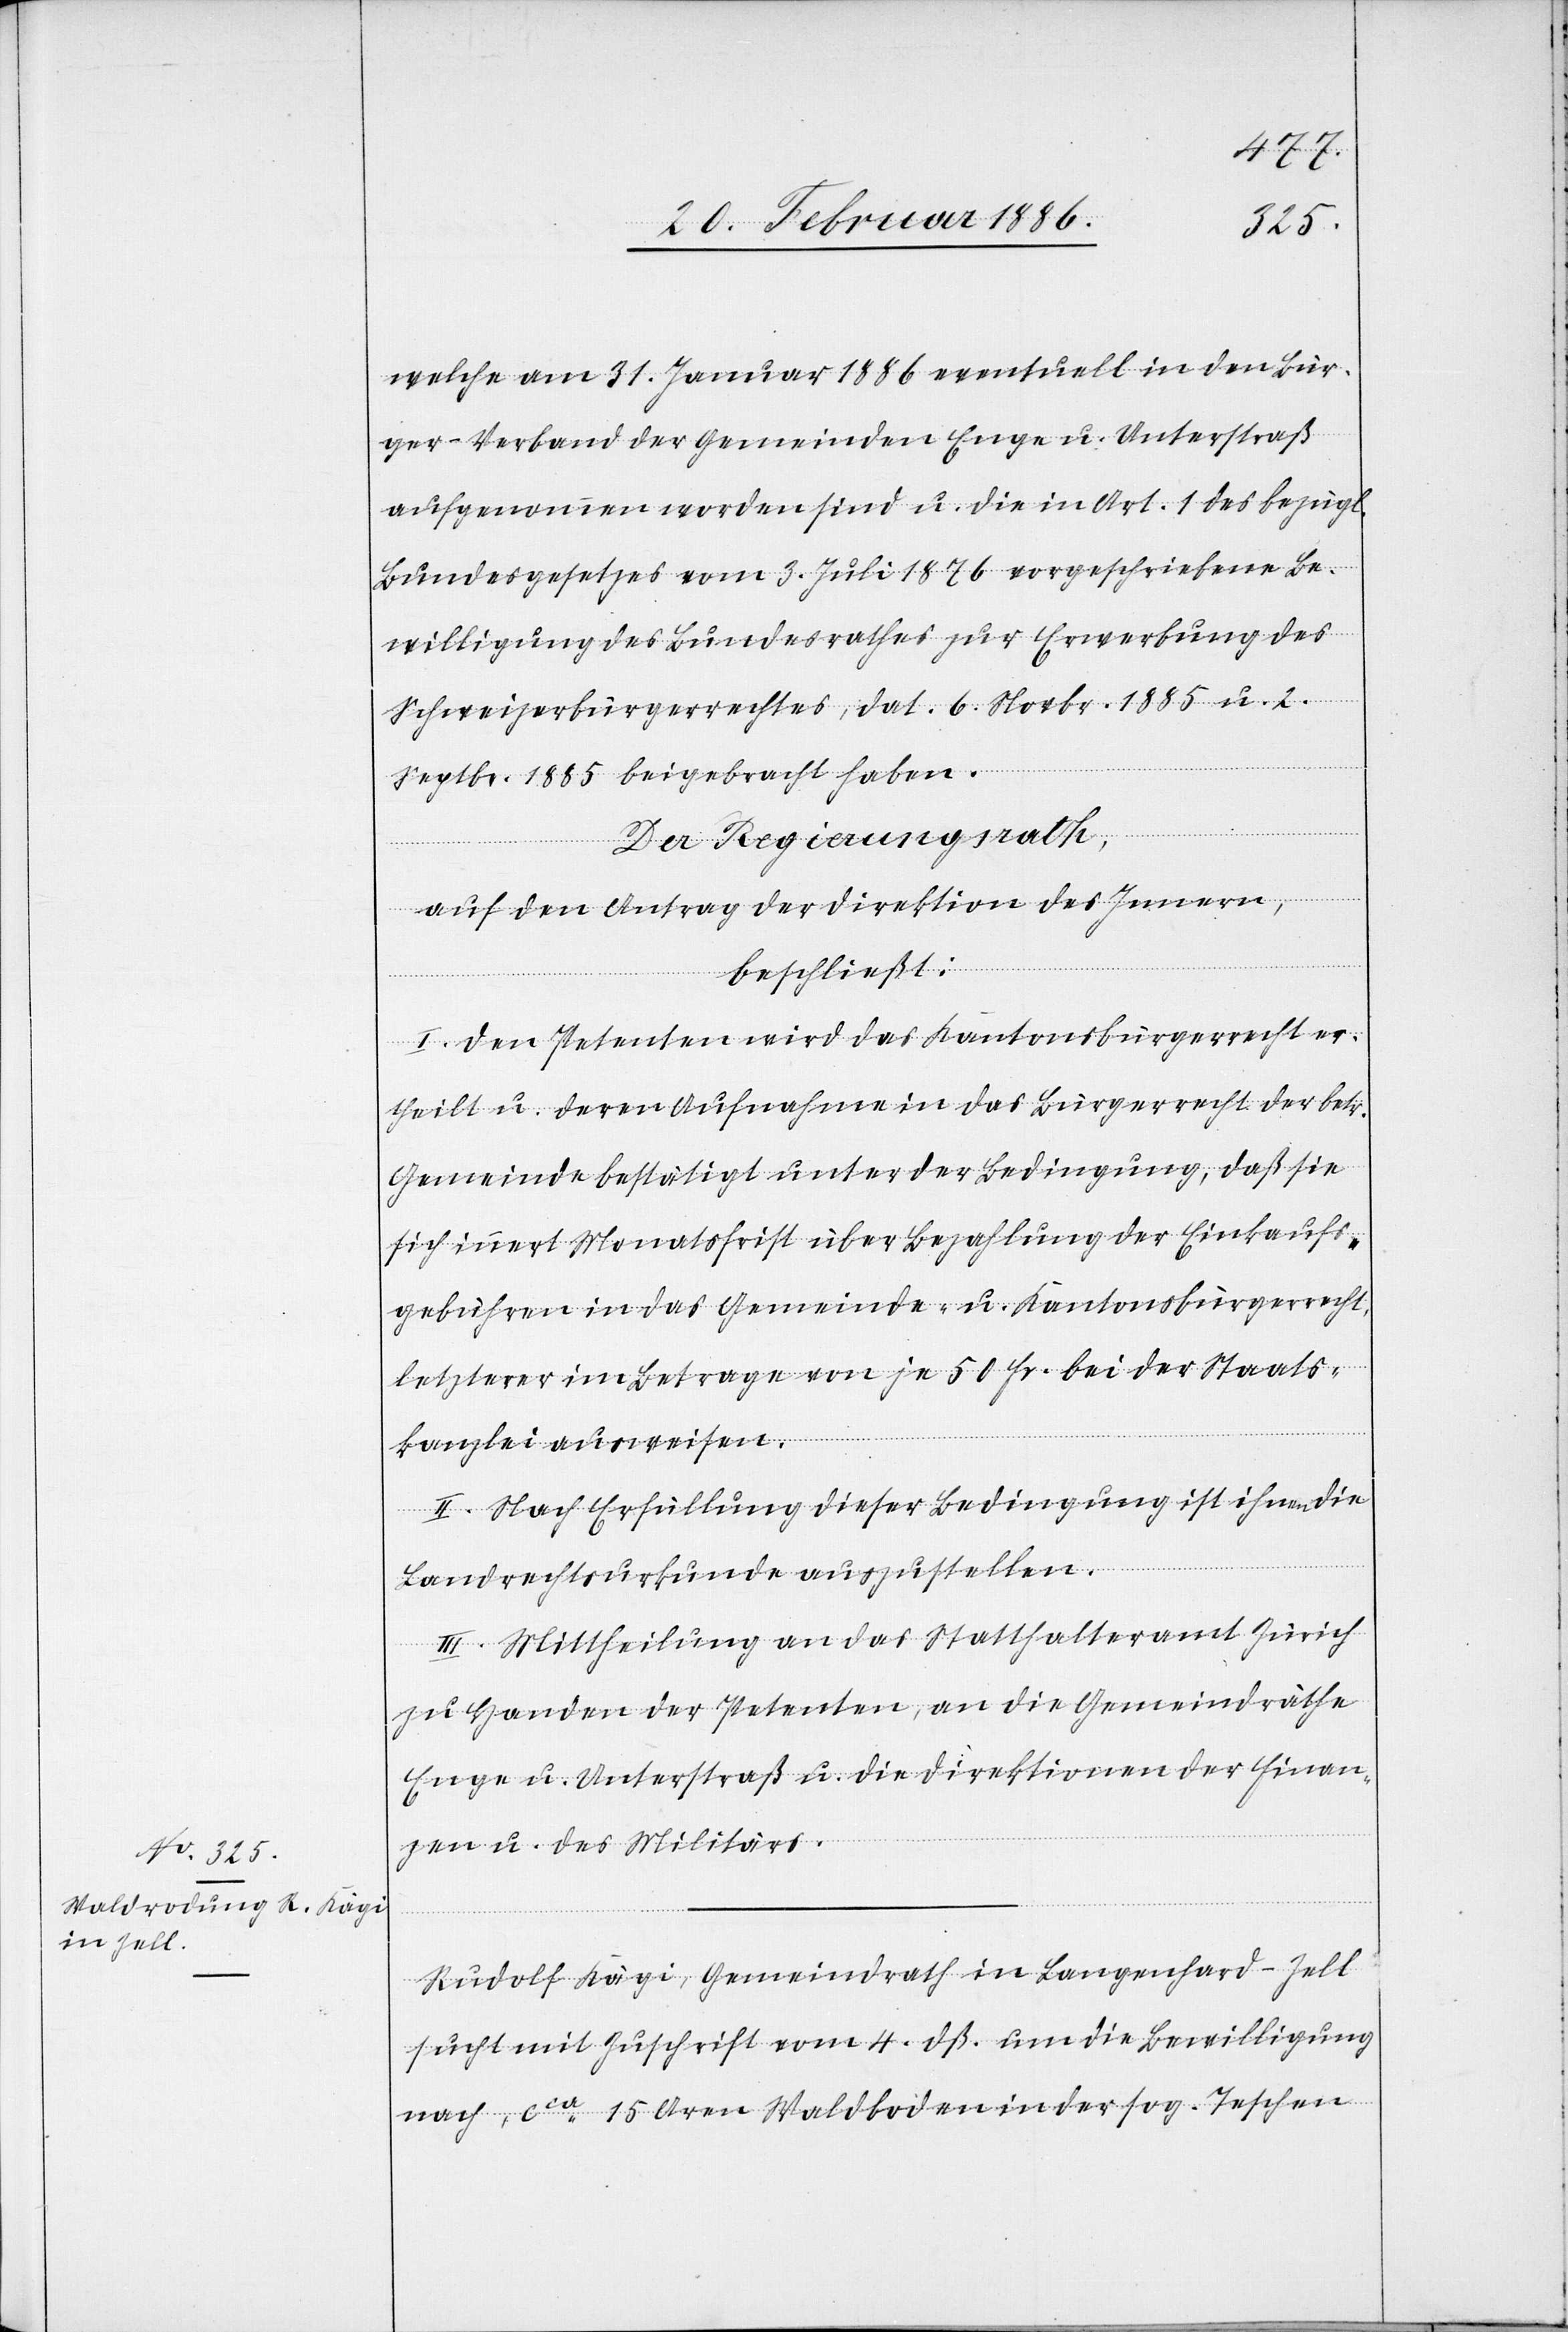
welche am 31. Januar 1886 eventuell in den Bür¬
ger-Verband der Gemeinde Enge u. Unterstraß
aufgenommen worden sind u. die in Art 1 des bezügl.
Bundesgesetzes vom 3. Juli 1876 vorgeschriebene Be¬
willigung des Bundesrathes zur Erwerbung des
Schweizerbürgerrechtes, dat. 6. Novbr. 1885 u. 2.
Septbr. 1885 beigebracht haben.
Der Regierungsrath,
auf den Antrag der Direktion des Innern,
beschließt:
I. Den Petenten wird das Kantonsbürgerrecht er¬
theilt u. deren Aufnahme in das Bürgerrecht der betr.
Gemeinde bestätigt unter der Bedingung, daß sie
sich innert Monatsfrist über Bezahlung der Einkaufs¬
gebühren in das Gemeinde- u. Kantonsbürgerrecht,
letztere im Betrage von je 50 Fr. bei der Staats¬
kanzlei ausweisen.
II. Nach Erfüllung dieser Bedingungen ist ihnen die
Landrechtsurkunde auszustellen.
III. Mittheilung an das Statthalteramt Zürich
zu Handen der Petenten, an die Gemeindräthe
Enge u. Unterstraß u. die Direktionen der Finan¬
zen u. des Militärs.
Rudolf Kägi, Gemeindrath in Langenhard - Zell,
sucht mit Zuschrift vom 4. dß um die Bewilligung
nach, cca 15 Aren Waldboden in der sog. Teschen